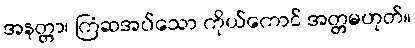
အနတ္တာ၊ ကြံဆအပ်သော ကိုယ်ကောင် အတ္တမဟုတ်။